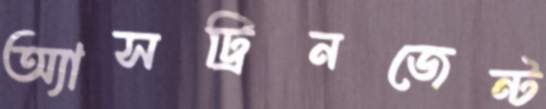
অ্যাসট্রিনজেন্ট